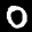
Label: 0